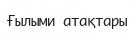
Ғылыми атақтары